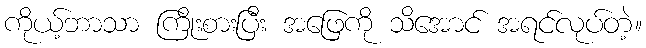
ကိုယ့်ဘာသာ ကြိုးစားပြီး အဖြေကို သိအောင် အရင်လုပ်တဲ့။